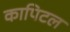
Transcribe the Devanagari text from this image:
कापिटल